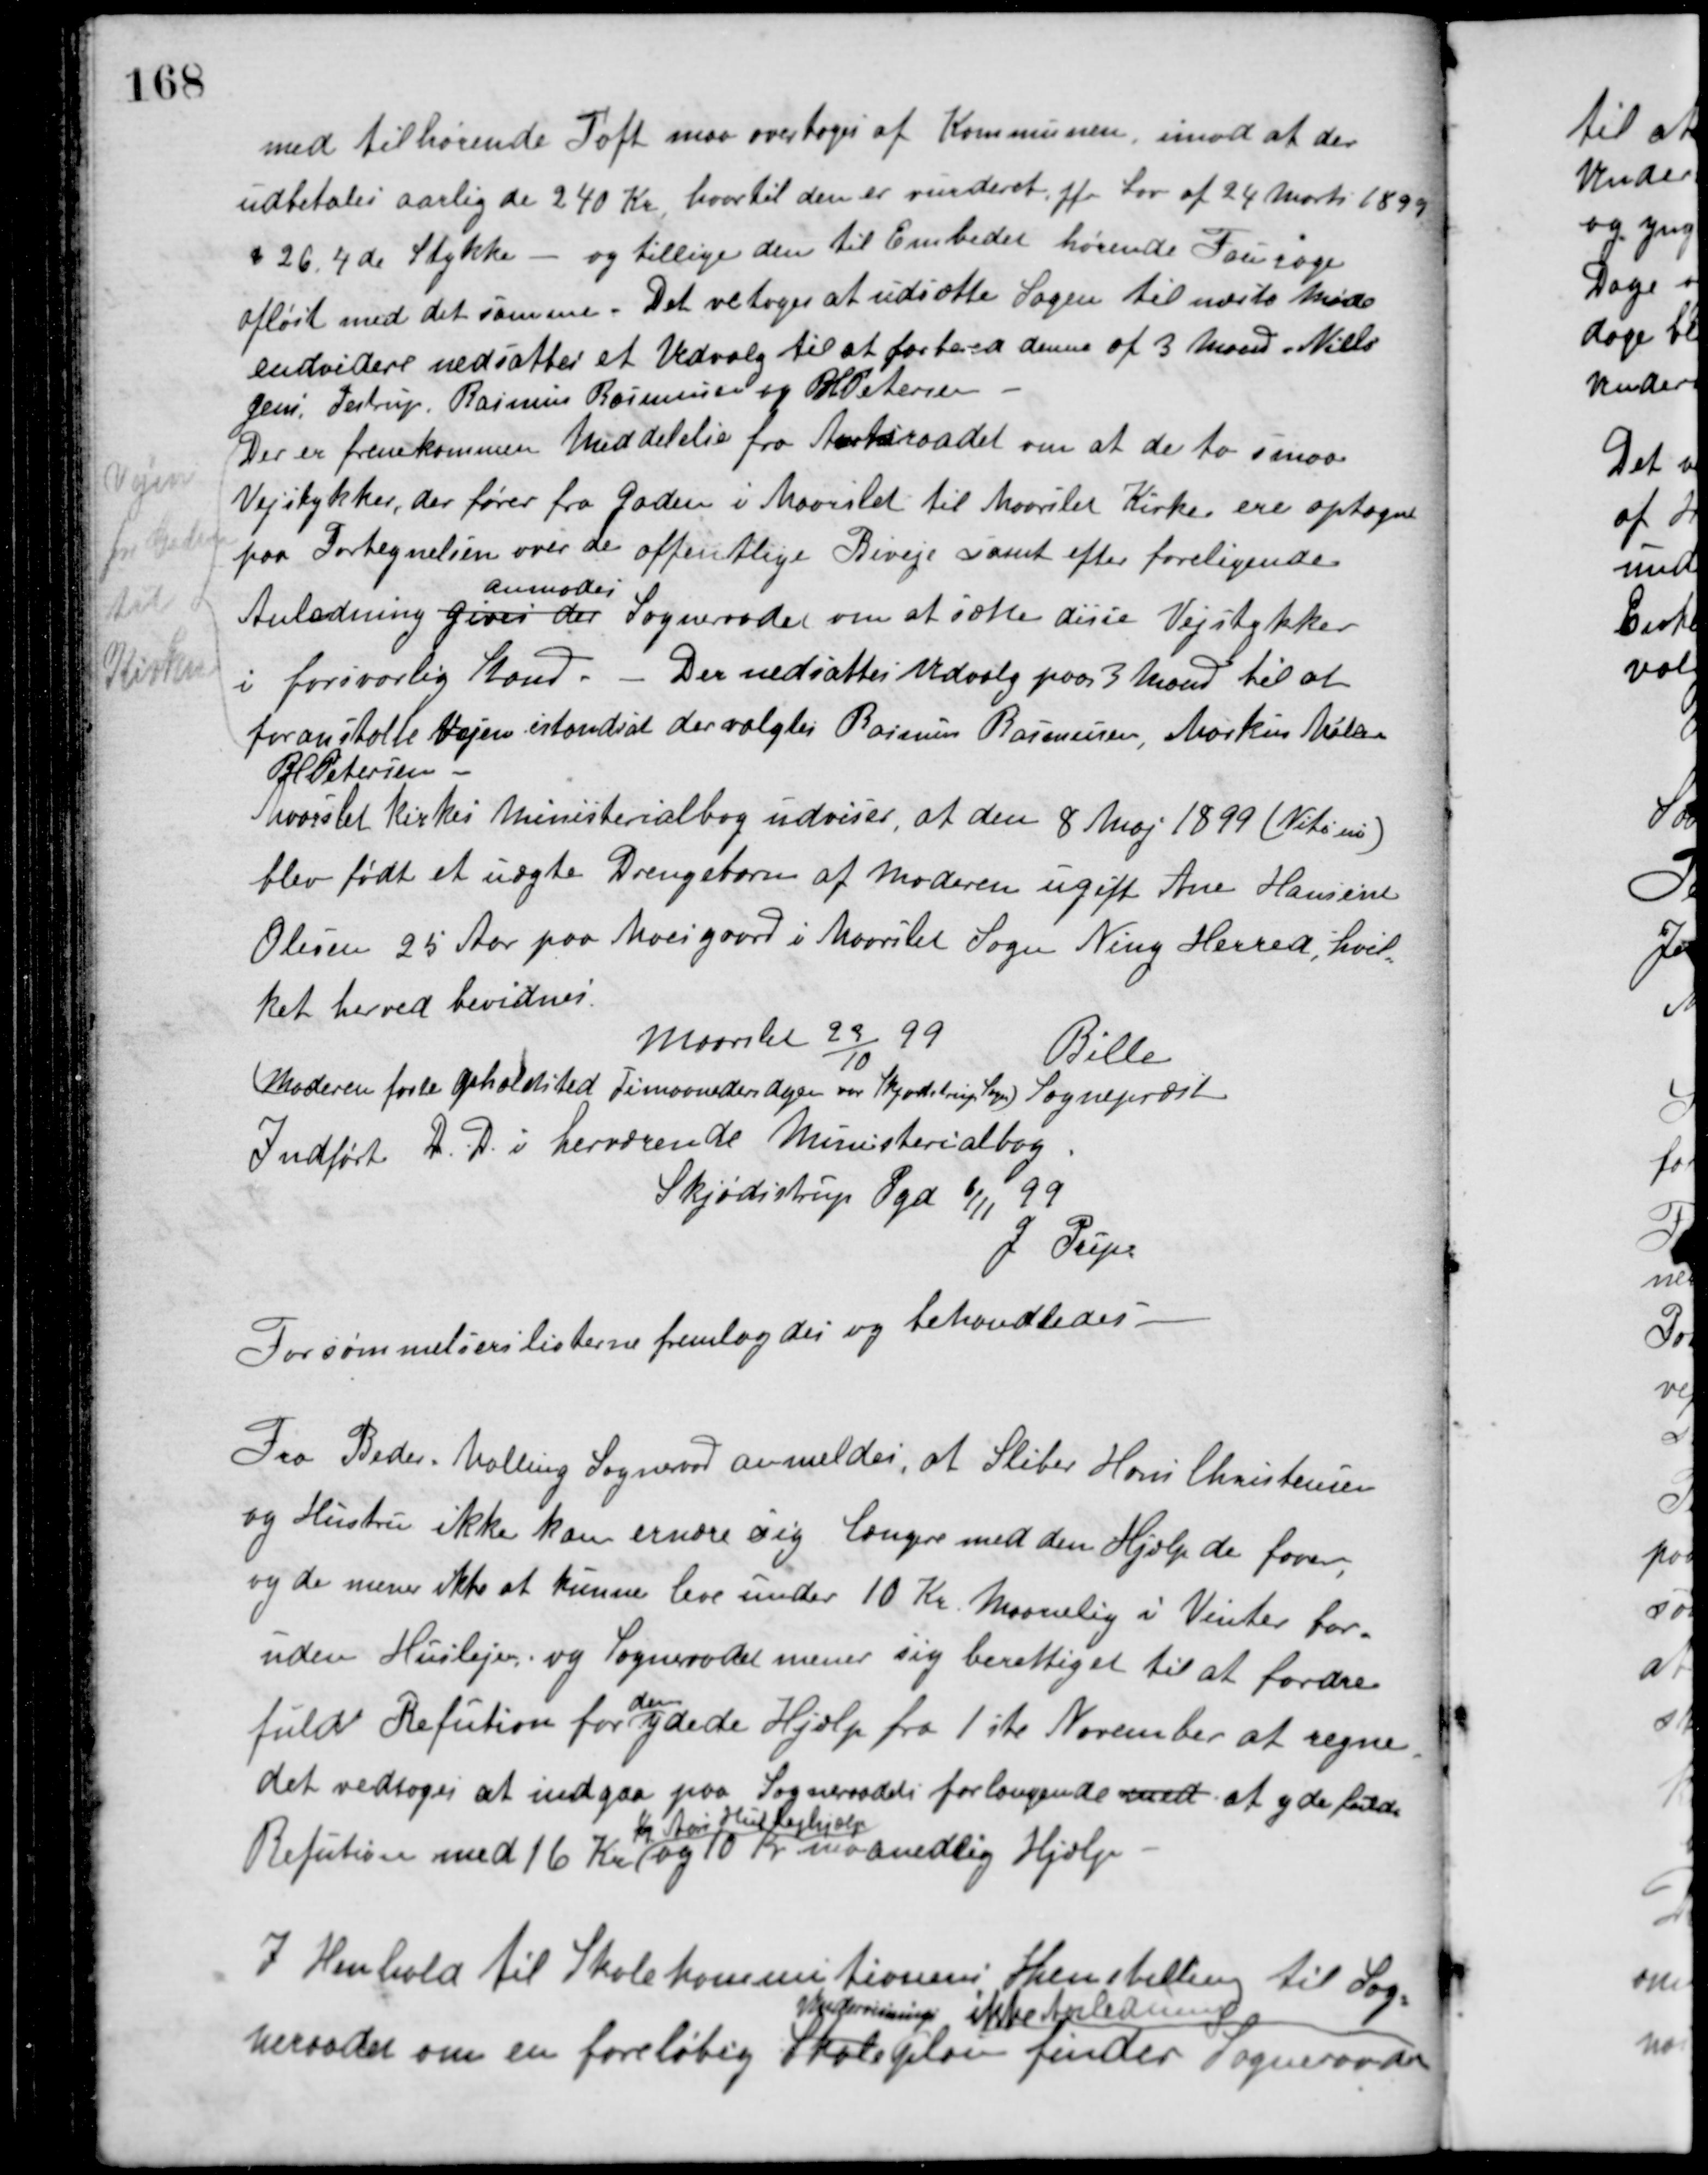
Transskription:
med tilhørende Toft maa overtages af Kommunen, imod at der
udbetales aarlig de 240 Kr. hvortil den er vurderet jfr. Lov af 24 Marts 1899
§ 26.4de Stykke - og tillige den til Embedet hørende Fourage
afløst med det samme. Det vetoges at udsætte Sagen til næste Møde
endvidere nedsattes et Udvalg til at forberede denne af 3 Mænd Niels
Jensen Testrup, Rasmus Rasmussen og P. H. Petersen
Der er fremkommen Meddelelse fra Amtsraadet om at de to smaa
Vejstykker, der fører fra Gaden i Maarslet til Maarslet Kirke ere optagne
paa Fortegnelsen over de offentlige Biveje samt efter foreligende
Anledning gives der
anmodes
Sogneraadet om at sætte disse Vejstykker
i forsvarlig Stand. - Der nedsattes Udvalg paa 3 Mænd til at
foranstalte Vejen istandsat der valgtes Rasmus Rasmussen, Markus Møller
P. H. Petersen.
Vejen
fra Gaden
til
Kirken
Maarslet Kirkes Ministerialbog udviser, at den 8 Maj 1899 (Nitini)
blev født et uægte Drengebarn af Moderen ugift Ane Hansine
Olesen 25 Aar paa Moesgaard i Maarslet Sogn Ning Herred, hvil-
ket herved bevidnes.
Maarslet 23/10 99
Bille
Sognepræst
(Moderens faste Opholdsted Timaaneders dagen var Skjødstrup Sogn)
Indført D. D. i herværende Ministerialbog.
Skjødstrup Pgd 6/11 99
J. Prips
Forsømmelseslisterne fremlagdes og behandledes.
Fra Beder-Malling Sogneraad anmeldes, at Sliber Hans Christensen
og Hustru ikke kan ernære sig længere med den Hjælp de faaer,
og de mener ikke at kunne leve under 10 Kr. Maanelig i Vinter for-
uden Husleje, og Sogneraadet mener sig berettiget til at fordre
fuld Refution for
den
ydede Hjælp fra 1ste November at regne.
det vedtoges at indgaa paa Sogneraadets forlangende med at yde fuld
Refution med 16 Kr.
1/1 Aar Huslejehjælp
og 10 Kr. maanedlig Hjælp.
I Henhold til Skolekommitionens Henstilling til Sog-
neraadet om en foreløbig Skole
Undervisnings
plan finder Sogneraadet
ikke Anledning